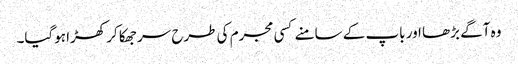
وہ آگے بڑھا اور باپ کے سامنے کسی مجرم کی طرح سر جھکا کر کھڑا ہوگیا۔